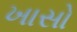
ખાસો